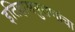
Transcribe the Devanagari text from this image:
इतिहासपुराणांचा